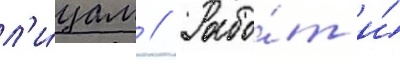
л'и́цам // Рабо́т и́